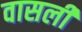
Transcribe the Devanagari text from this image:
वासली